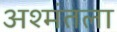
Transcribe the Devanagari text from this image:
अश्मंतला